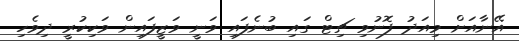
އޭނާއަށް މިއަދު ފޮނުވި ޗިޓް ގައި ބުނެފައި ވަނީ ވަޒީފައިން ވަކިކުރީ ދިވެހި